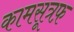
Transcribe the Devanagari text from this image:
कामसूत्रफ़